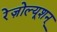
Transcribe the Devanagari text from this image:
रेज़ोल्यूशन्